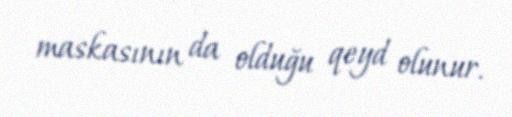
maskasının da olduğu qeyd olunur.